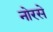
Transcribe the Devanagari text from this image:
नोरसे